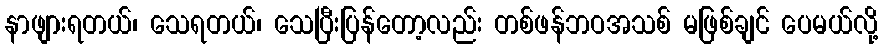
နာဖျားရတယ်၊ သေရတယ်၊ သေပြီးပြန်တော့လည်း တစ်ဖန်ဘဝအသစ် မဖြစ်ချင် ပေမယ်လို့